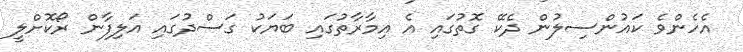
އެހެންވެ ކައުންސިލުން ދެކޭ ގޮތުގައި އެ އިމާރާތުގައި ބަޔަކު ގަސްދުގައި އަލިފާން ރޯކޮށްލީ